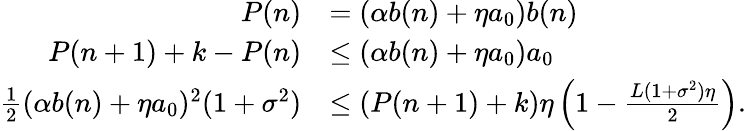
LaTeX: \begin{array}{rl}{P(n)}&{=(\alpha b(n)+\eta a_{0})b(n)}\\ {P(n+1)+k-P(n)}&{\leq(\alpha b(n)+\eta a_{0})a_{0}}\\ {\frac 12(\alpha b(n)+\eta a_{0})^{2}(1+\sigma^{2})}&{\leq(P(n+1)+k)\eta\left(1-\frac{L(1+\sigma^{2})\eta}2\right).}\end{array}